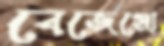
বেজেঞ্জো